Lunatic asylums in Bengal annual reports 1899-1911 - 1899-1911
Year: 1899
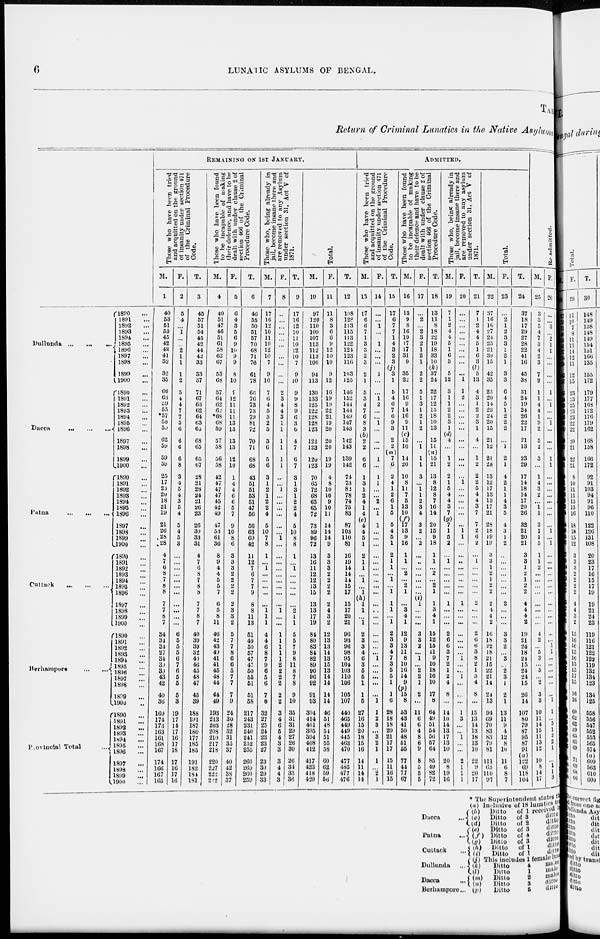
6
LUNATIC ASYLUMS OF BENGAL.
TAB
Return of Criminal Lunatics in the Native Asylums
Dullunda
...
...
...
Dacca
...
...
...
Patna
...
...
...
Cuttuck
...
...
...
Berhampore
...
...
Provincial Total ...
1890 ...
1891 ...
1892 ...
1893 ...
1894 ...
1895 ...
1896 ...
1897 ...
1898 ...
1899 ...
1900 ...
1890 ...
1891 ...
1892 ...
1893 ...
1894 ...
1895 ...
1896 ...
1897 ...
1898 ...
1899 ...
1900 ...
1890 ...
1891 ...
1892 ...
1893 ...
1894 ...
1895 ...
1896 ...
1897 ...
1898 ...
1899 ...
1900 ...
1890 ...
1891 ...
1892 ...
1893 ...
1894 ...
1895 ...
1896 ...
1897 ...
1898 ...
1899 ...
1900 ...
1890 ...
1891
...
1892 ...
1893 ...
1894 ...
1895 ...
1896
...
1897
...
1898
....
1899 ...
1900 ...
1890 ...
1891 ...
1892
...
1893
...
1894 ...
1895 ...
1896 ...
1897 ...
1898 ...
1899 ...
1900
...
REMAINING
ON
1ST
JANUARY.
Those who have been tried
and acquitted on the ground
of
insanity under section 471
of the Criminal Procedure
Code.
M.
1
40
53
51
53
45
42
42
41
32
32
35
66
63
59
55
*57
58
59
62
59
59
59
25
17
23
20
18
21
19
21
26
28
28
4
7
6
8
7
8
8
7
7
8
7
34
34
34
27
34
39
39
43
42
40
36
169
174
173
163
161
168
167
174
166
167
165
F.
2
5
4
... 1
...
...
2
1
1
1
2
5
4
4
7
7
5
6
6
6
6
8
3
4
5
4
3
5
4
5
4
5
3
...
...
...
...
...
...
...
...
...
...
...
6
5
5
5
6
7
6
5
5
5
3
19
17
14
17
16
17
18
17
16
17
16
T.
3
45
57
51
54
45
42
44
42
33
33
37
71
67
63
62
64
63
65
68
65
65
67
28
21
28
24
21
26
23
26
30
33
31
4
7
6
8
7
8
8
7
7
8
7
40
39
39
32
40
46
45
48
47
45
39
188
191
187
180
177
185
185
191
182
184
181
Those who have been found
to be incapable of making
their defence, and have to be
dealt with under clause 2 of
section 466 of the Criminal
Procedure Code.
M.
4
40
51
47
46
51
61
58
62
67
53
68
57
64
62
62
*68
68
59
57
58
56
58
42
47
47
47
45
42
49
47
53
61
36
8
9
4
4
5
5
7
6
5
8
11
46
42
43
49
41
41
45
48
44
44
49
193
213
203
208
210
217
218
220
227
222
222
F.
5
6
4
3
5
6
9
10
9
9
8
10
9
12
11
11
11
13
13
13
13
12
10
1
4
4
6
6
5
7
9
10
8
6
3
3
3
2
2
2
2
2
3
3
2
5
7
7
8
6
6
5
7
7
7
9
24
30
28
32
31
35
37
40
42
38
37
T.
6
46
55
50
51
57
70
68
71
76
61
78
66
76
73
73
79
81
72
70
71
68
68
43
51
51
53
51
47
56
56
63
69
42
11
12
7
6
7
7
9
8
8
11
13
51
49
50
57
47
47
50
55
51
51
58
217
243
231
240
241
252
255
260
269
260
259
Those who, being already in
jail, become insane there and
are removed to any Asylum
under section 31, Act V of
1871.
M.
7
17
16
12
10
11
10
12
10
7
9
10
7
6
4
5
3
2
5
3
6
5
6
3
1
2
1
2
2
4
5
10
7
8
1
...
1
...
...
...
...
...
1
1
1
4
4
6
8
7
9
6
5
6
7
8
32
27
25
24
23
23
27
23
30
29
33
F.
8
...
...
...
...
...
...
...
...
...
...
...
2
3
4
4
3
1
1
1
1
1
1
...
...
1
...
...
...
...
...
...
1
...
...
...
...
...
... ...
...
...
1
...
...
l
1
1 1
1
2
2
2
2
2
2
3
4
6
5
4
3
3
3
4
4
3
T.
9
17
16
12
10
11
10
12
10
7
9
10
9
9
8
9
6
3
6
4
7
6
7
3
1
3
1
2
2
4
5
10
8
8
1
...
1 ...
...
...
...
...
2
1
1
5
5
7
9
8
11
8
7
8
9
10
35
31
31
29
27
26
30
26
34
33
36
Total.
M.
10
97
120
110
109
107
113
112
113
106
94
113
130
133
125
122
128
128
123
122
123
120
123
70
65
72
68
65
65
72
73
89
96
72
13
16
11
12
12
13
15
13
13
17
19
84
80
83
84
82
89
90
96
92
91
93
394
414
401
395
394
408
412
417
423
418
420
F.
11
11 8
3
6
6
9
12
10
10
9
12
16
19
19
22
21
19
20
20
20
19
19
4
8
10
10
9
10
11
14
14
14
9
3
3
3
2
2
2
2
2
4
3
2
12
13
13
14
13
15
13
14
14
14
14
46
51
48
54
51
55
58
60
62
59
56
T.
12
108
128
113
115
113
122
124
123
116
103
125
146
152
144
144
149
147
143
142
143
139
142
74
73
82
78
74
75
83
87
103
110
81
16
19
14
14
14
15
17
15
17
20
21
06
93
96
98
95
104
103
110
106
105
107
440
465
449
449
445
463
470
477
485
477
476
ADMITTED.
Those who have been tried
and acquitted on the ground
of insanity under section 471
of the Criminal Procedure
Code.
M.
13
17
6
6
7
1
3
3
2
3
2
1
5
3
4
7
6
8
3
(b)
2
2
6
6
1
3
1
2
4
1
4
(e)
4
4
5
1
2
1
1
...
1
...
1
(h)
1
1
...
1
2
3
3
4
6
3
5
5
1
1
5
27
16
15
20
18
15
16
14
11
14
14
F.
14
...
...
1
...
...
1
...
...
...
1
...
...
1 2
...
...
1
...
...
...
1
...
1
1
...
...
2
...
1
1
...
...
...
...
...
...
...
...
...
...
...
...
...
...
...
...
...
...
1
...
...
...
...
...
1
1
2
3
...
3
2
1
1
...
2
1
T.
15
17
6
7
7
1
4
3
2
3
(j)
3
1
5
4
6
7
6
9
3
2
2
(m)
7
6
2
4
1
2
6
1
5
5
4
5
1
2
1
1
...
1
...
1
1
1
...
1
2
3
3
4
7
3
5
5
1
1
6
28
18
18
20
21
17
17
15
11
16
15
Those who have been found
to be incapable of making
their defence and have to be
dealt with under clause 2 of
section 466 of the Criminal
Procedure Code.
M.
16
13
9
8
16
19
17
17
31
9
35
22
17
16
9
14
16
9
11
(c)
15
10
14
20
10
8
11
7
5
13
10
(f)
17
13
9
16
1
1
...
2
...
2
1
...
3
4
1
12
9
13
11
8
10
16
14
9
(p) 15
8
53
43
41
50
48
51
55
77
44
77
67
F.
17
...
2
...
2
3
2
1
2
1
2
2
5
1
3
1
2
1
2
...
1
1
1
3
...
1
1
2
3
4
3
2
...
2
...
...
...
...
...
...
...
(i)
1
...
...
...
3
3
2
...
1
...
2
2
1
2
...
11
6
6
4
8
6
9
8
5
5
5
T.
18
13
11
8
18
22
19
18
33
10
(k)
37
24
22
17
12
15
18
10
13
15
11
(n)
15
21
13
8
12
8
7
16
14
20
15
9
18
1
1
...
2
...
2
1
1
3
4
1
15
12
15
11
9
10
18
16
10
17
8
64
49
51
54
56
57
64
85
49
82
72
Those who, being already in
jail, become insane there and
are removed to any asylum
under section 31, Act V of
1871.
M.
19
7
1
2
4
4
5
1
6
3
5
12
3
1
1
2
2
3
1
(d)
4
...
1
2
2
1
5
4
4
3
7
(g)
7
1
5
2
...
1
...
...
...
...
...
1
...
...
...
2
6
6
3
7
2
1
2
4
8
...
14
10
14
13
17
13
10
20
8
19
16
F.
20
...
...
...
...
...
...
...
...
...
...
1
1
2
...
...
...
...
...
...
...
...
...
...
1
...
...
...
...
...
...
1
1
...
...
...
...
...
...
...
...
1
...
...
...
...
...
...
...
1
...
...
1
...
...
...
1
3
...
...
1
...
...
2
1
1
1
T.
21
7
1
2
4
4
5
1
6
3
(l)
5
13
4
3
1
2
2
3
1
4
...
1
2
2
2
5
4
4
3
7
7
2
6
2
...
1
...
...
...
...
...
2
...
...
...
2
6
6
3
8
2
1
3
4
8
...
15
13
14
13
18
13
10
22
9
20
17
Total.
M.
22
37
16
16
27
24
25
21
39
15
42
35
25
20
14
23
24
20
15
21
12
21
28
13
12
17
13
13
17
21
28
18
19
19
3
3
1
2
1
2
2
2
4
4
2
16
18
22
18
21
15
22
21
14
24
13
94
69
70
83
83
79
81
111
63
110
97
F.
23
...
2
1
2
3
3
1
2
1
3
3
6
4
5
1
2
2
2
...
1
2
1
4
2
1
1
4
3
5
4
3
1
2
...
...
...
...
... ...
...
2
...
...
...
3
3
2
...
3
...
2
3
1
2
1
13
11
9
4
12
8
10
11
6
8
7
T.
24
37
18
17
29
27
28
22
41
16
45
38
31
24
19
24
26
22
17
21
13
23
29
17
14
18
14
17
20
26
32
21
20
21
3
3
1
2
1
2
2
4
4
4
2
19
21
24
18
24
15
24
24
15
26
14
107
80
79
87
95
87
91
122
69
118
104
Re-admitted.
M.
25
3
3
5
4
7
3
4
2
3
7
9
1
1
4
4
1
9
2
5
2
3
...
1
4
3
2
...
1
1
3
1
1
5
1
1
2
...
...
...
...
...
...
...
...
4
2
...
5
3
...
5
...
2
3
3
10
11
14
15
11
13
12
10
8
14
17
F.
26
...
...
3
...
2
1
1
...
...
...
...
1
...
1
...
...
1
...
...
...
1
1
...
...
...
...
...
...
...
...
1
...
1
...
...
...
...
...
...
...
...
...
...
...
...
...
1
1
...
...
...
...
...
...
1
1
...
5
1
2
2
1
...
1
1
3
* The
Superintendent states the
Dacca ...
Patna ...
Cuttack ...
Dullunda ...
Dacca ...
Berhutnpore ...
(a)
(b)
(c)
(d)
(e)
(f)
(g)
(h)
(i)
Inclusive of 18 lunutics.
Ditto
of 1 received f
Ditto
of 3
ditto
Ditto of 2 ditto
Ditto
of 3
ditto
Ditto
of 4
ditto
Ditlo
of 3
ditto
Ditto
of 1
ditto
Ditto of 1 ditto
(j) This includes 1 female lun
(k)
(l)
(m)
(n) (p)
Ditto
4
males
Ditto
1 males
Ditto
2
males
Ditto 3 ditto
Ditto
5
ditto